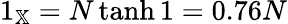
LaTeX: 1_{\mathbb{X}}=N\operatorname{tanh}1=0.76N